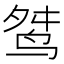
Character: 𪉋